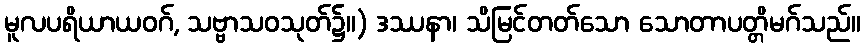
မူလပရိယာယဝဂ်, သဗ္ဗာသဝသုတ်၌။) ဒဿနာ၊ သိမြင်တတ်သော သောတာပတ္တိမဂ်သည်။